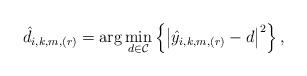
LaTeX: \begin{align*}\hat{d}_{i, k,m,(r)} =\arg\min\limits_{d\in\mathcal{C}}\left\{\left| \hat{{y}}_{i, k,m,(r)} - d \right|^2 \right\},\end{align*}